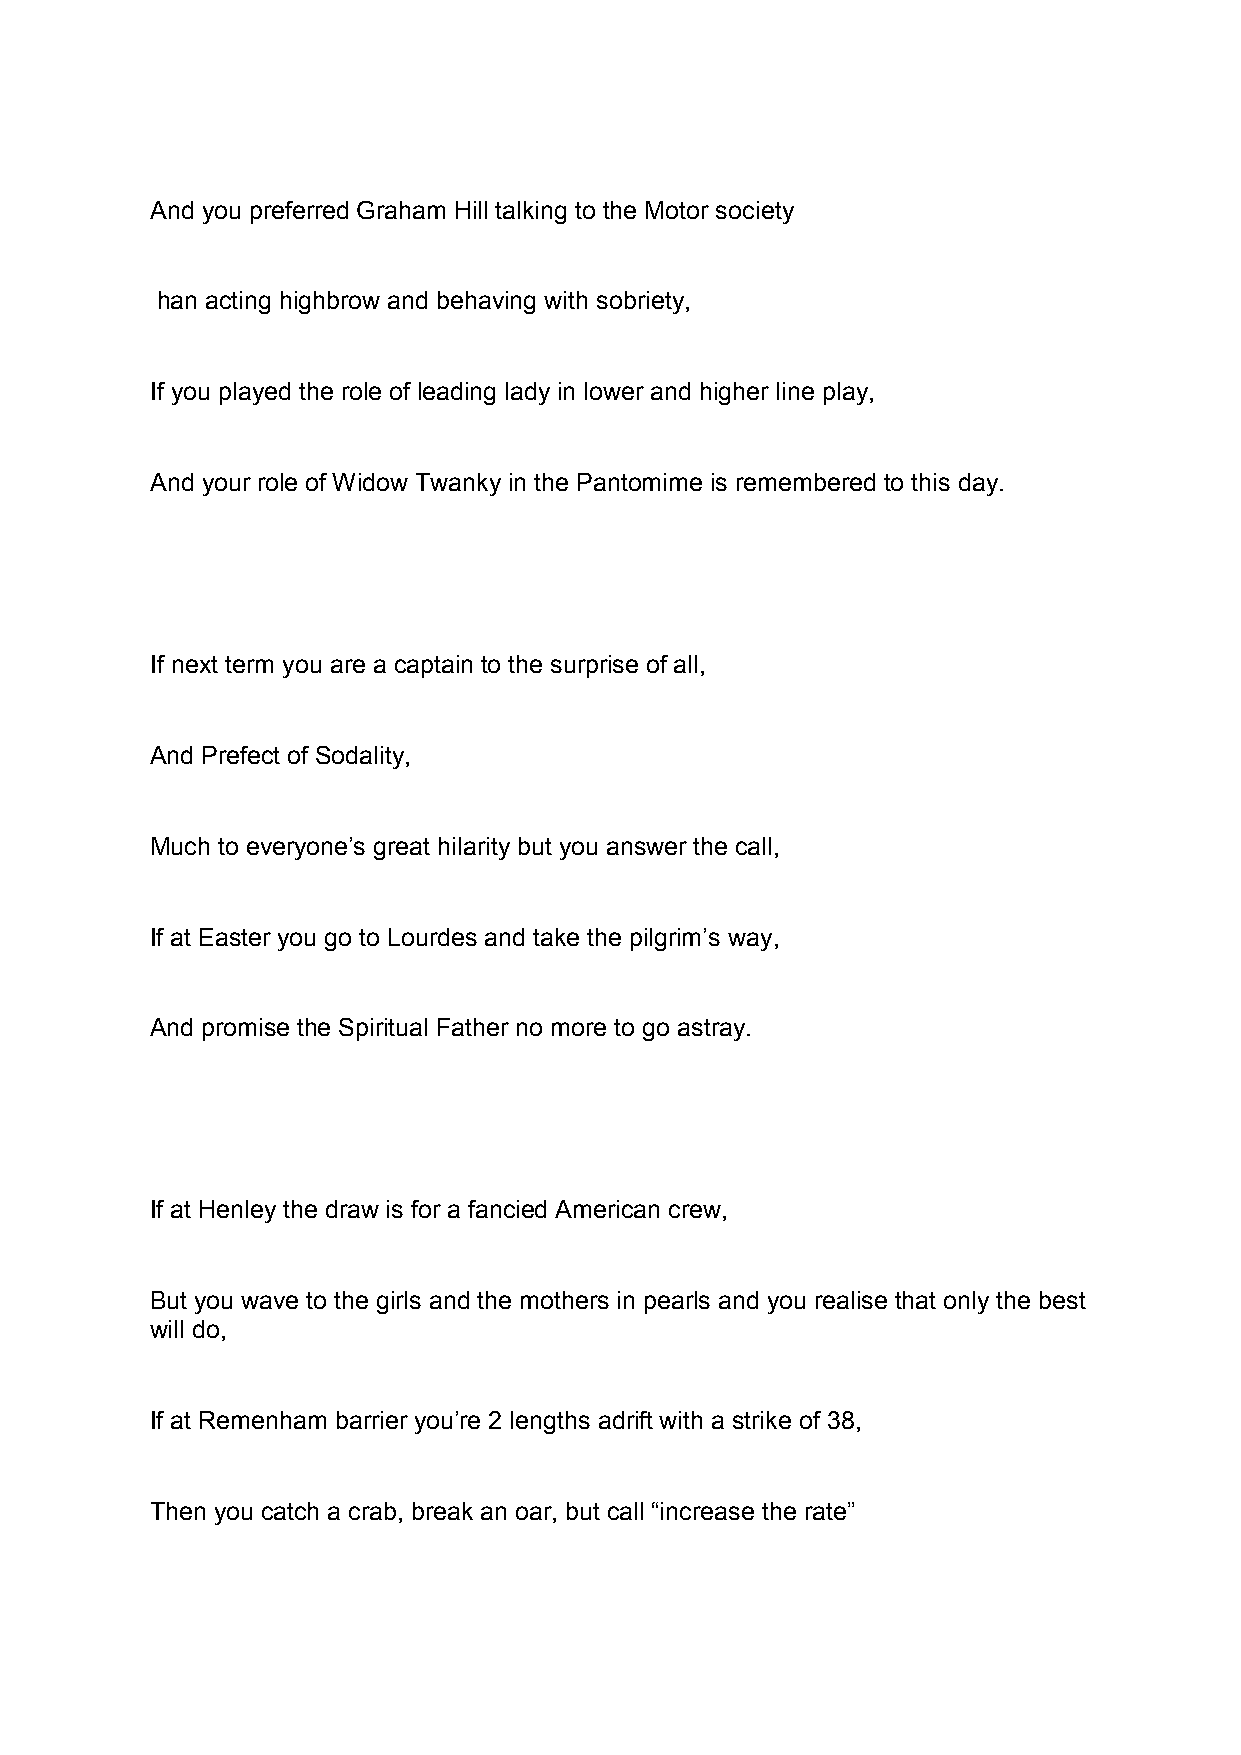
And you preferred Graham Hill talking to the Motor society
 han acting highbrow and behaving with sobriety,
 If you played the role of leading lady in lower and higher line play,
 And your role of Widow Twanky in the Pantomime is remembered to this day.
 If next term you are a captain to the surprise of all,
 And Prefect of Sodality,
 Much to everyone’s great hilarity but you answer the call,
 If at Easter you go to Lourdes and take the pilgrim’s way,
 And promise the Spiritual Father no more to go astray.
 If at Henley the draw is for a fancied American crew,
 But you wave to the girls and the mothers in pearls and you realise that only the best
 will do,
 If at Remenham barrier you’re 2 lengths adrift with a strike of 38,
 Then you catch a crab, break an oar, but call “increase the rate”